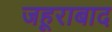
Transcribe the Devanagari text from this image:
जहूराबाद